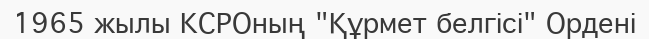
1965 жылы КСРОның "Құрмет белгісі" Ордені